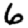
Digit: 6